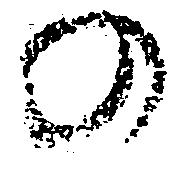
の